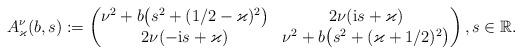
LaTeX: \begin{align*} A^\nu_\varkappa(b, s) :=\begin{pmatrix}\nu^2 +b\big(s^2 +(1/2 -\varkappa)^2\big)& 2\nu(\mathrm is +\varkappa)\\ 2\nu(-\mathrm is +\varkappa) & \nu^2 +b\big(s^2 +(\varkappa +1/2)^2\big)\end{pmatrix}, s\in\mathbb R.\end{align*}